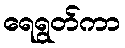
ရေရွတ်ကာ